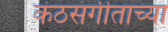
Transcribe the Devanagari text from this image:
कंठसंगीताच्या